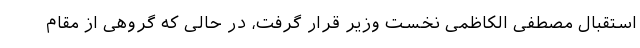
استقبال مصطفی الکاظمی نخست وزیر قرار گرفت، در حالی که گروهی از مقام